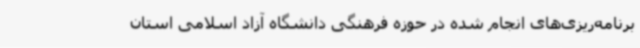
برنامه‌ریزی‌های انجام شده در حوزه فرهنگی دانشگاه آزاد اسلامی استان